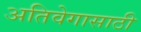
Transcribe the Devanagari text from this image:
अतिवेगासाठी